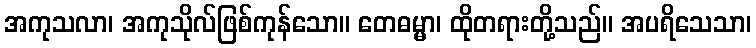
အကုသလာ၊ အကုသိုလ်ဖြစ်ကုန်သော။ တေဓမ္မာ၊ ထိုတရားတို့သည်။ အပရိသေသာ၊